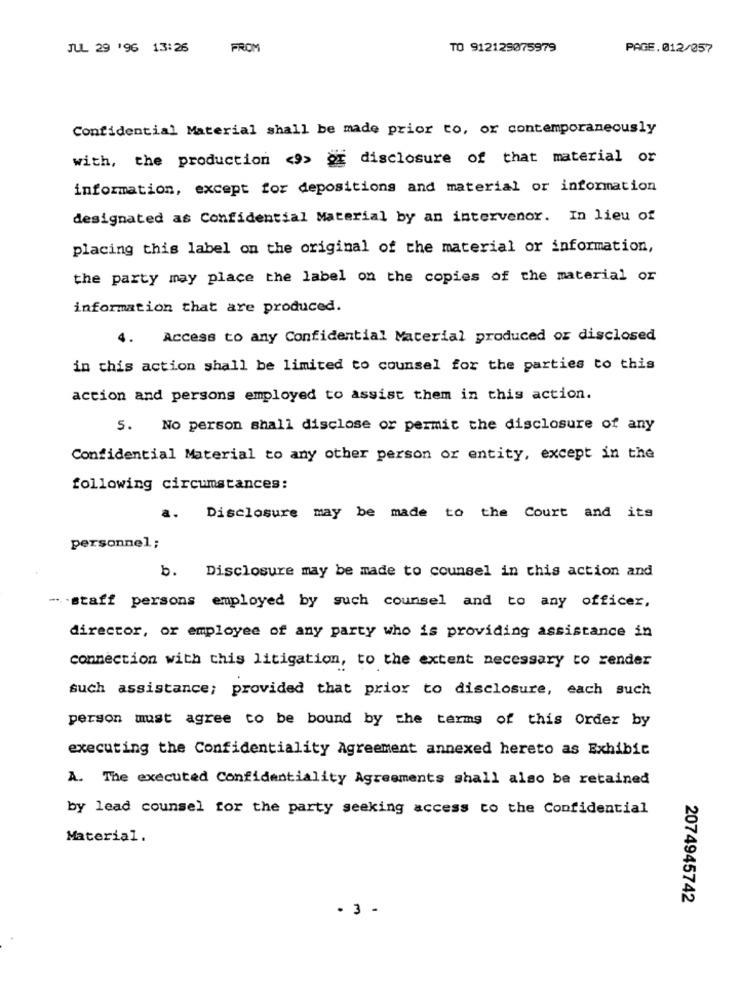
JUL 29 '96 13:26
FROM
TO 912129075979
PAGE.012/057
Confidential Material shall be made prior to, or contemporaneously
with, the production <>> or disclosure of that material or
information, except for depositions and material or information
designated as Confidential Material by an intervenor. In lieu of
placing this label on the original of the material or information,
the party may place the label on the copies of the material or
information that are produced.
4.
Access to any Confidential Material produced or disclosed
in this action shall be limited to counsel for the parties to this
action and persons employed to assist them in this action.
5. No person shall disclose or permit the disclosure of any
Confidential Material to any other person or entity, except in the
following circumstances:
a.
Disclosure may be made to the Court and its
personnel;
b. Disclosure may be made to counsel in this action and
- staff persons employed by such counsel and to any officer,
director, or employee of any party who is providing assistance in
connection with this litigation, to the extent necessary to render
such assistance; provided that prior to disclosure, each such
person must agree to be bound by the terms of this Order by
executing the Confidentiality Agreement annexed hereto as Exhibit
A. The executed Confidentiality Agreements shall also be retained
by lead counsel for the party seeking access to the Confidential
Material.
2074945742
- 3 -